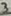
Text: 3